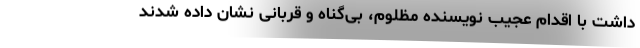
داشت با اقدام عجیب نویسنده مظلوم، بی‌گناه و قربانی نشان داده شدند